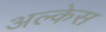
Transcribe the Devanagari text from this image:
अल्केस